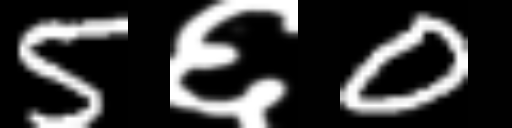
Text: 5६0